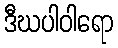
ဒီဃပါဝါရော